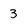
Character: 3